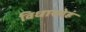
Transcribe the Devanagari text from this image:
विधास्येहं